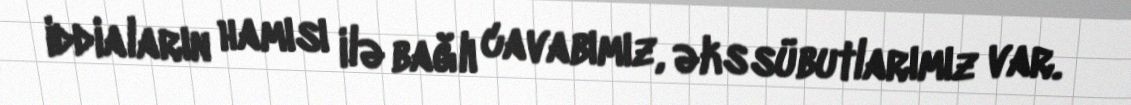
iddiaların hamısı ilə bağlı cavabımız, əks sübutlarımız var.